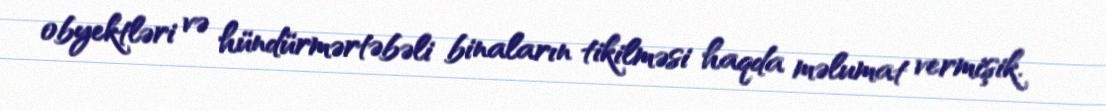
obyektləri və hündürmərtəbəli binaların tikilməsi haqda məlumat vermişik.